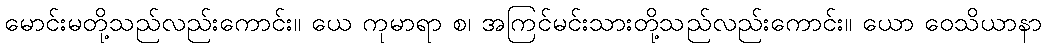
မောင်းမတို့သည်လည်းကောင်း။ ယေ ကုမာရာ စ၊ အကြင်မင်းသားတို့သည်လည်းကောင်း။ ယော ဝေသိယာနာ